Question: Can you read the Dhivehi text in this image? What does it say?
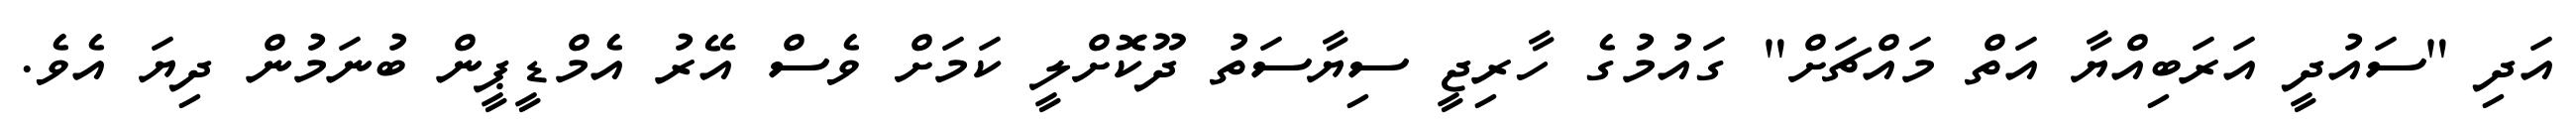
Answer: އަދި "ސައުދީ އަރަބިއްޔާ އަތް މައްޗަށް" ގައުމުގެ ހާރިޖީ ސިޔާސަތު ދޫކޮށްލީ ކަމަށް ވެސް އޭރު އެމްޑީޕީން ބުނަމުން ދިޔަ އެވެ.